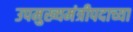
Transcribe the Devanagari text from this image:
उपमुख्यमंत्रीपदाच्या